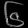
Digit: ၆